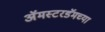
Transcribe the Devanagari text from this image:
अॅमस्टरडॅमच्या